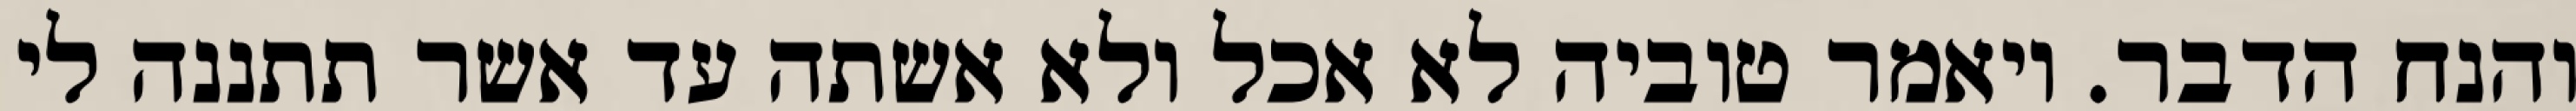
והנח הדבר. ויאמר טוביה לא אכל ולא אשתה עד אשר תתננה לי